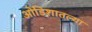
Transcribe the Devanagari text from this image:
ओडिशातल्या